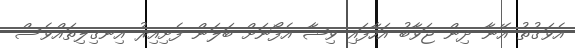
އެވަގުތު އޭނާ ދިން ޖަވާބު އަހާފައި ވިޝާ އެފޯނަށް ބަލަން ފެށިއިރު އިނގިލިތައްވެސް